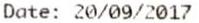
DATE: 20/09/2017